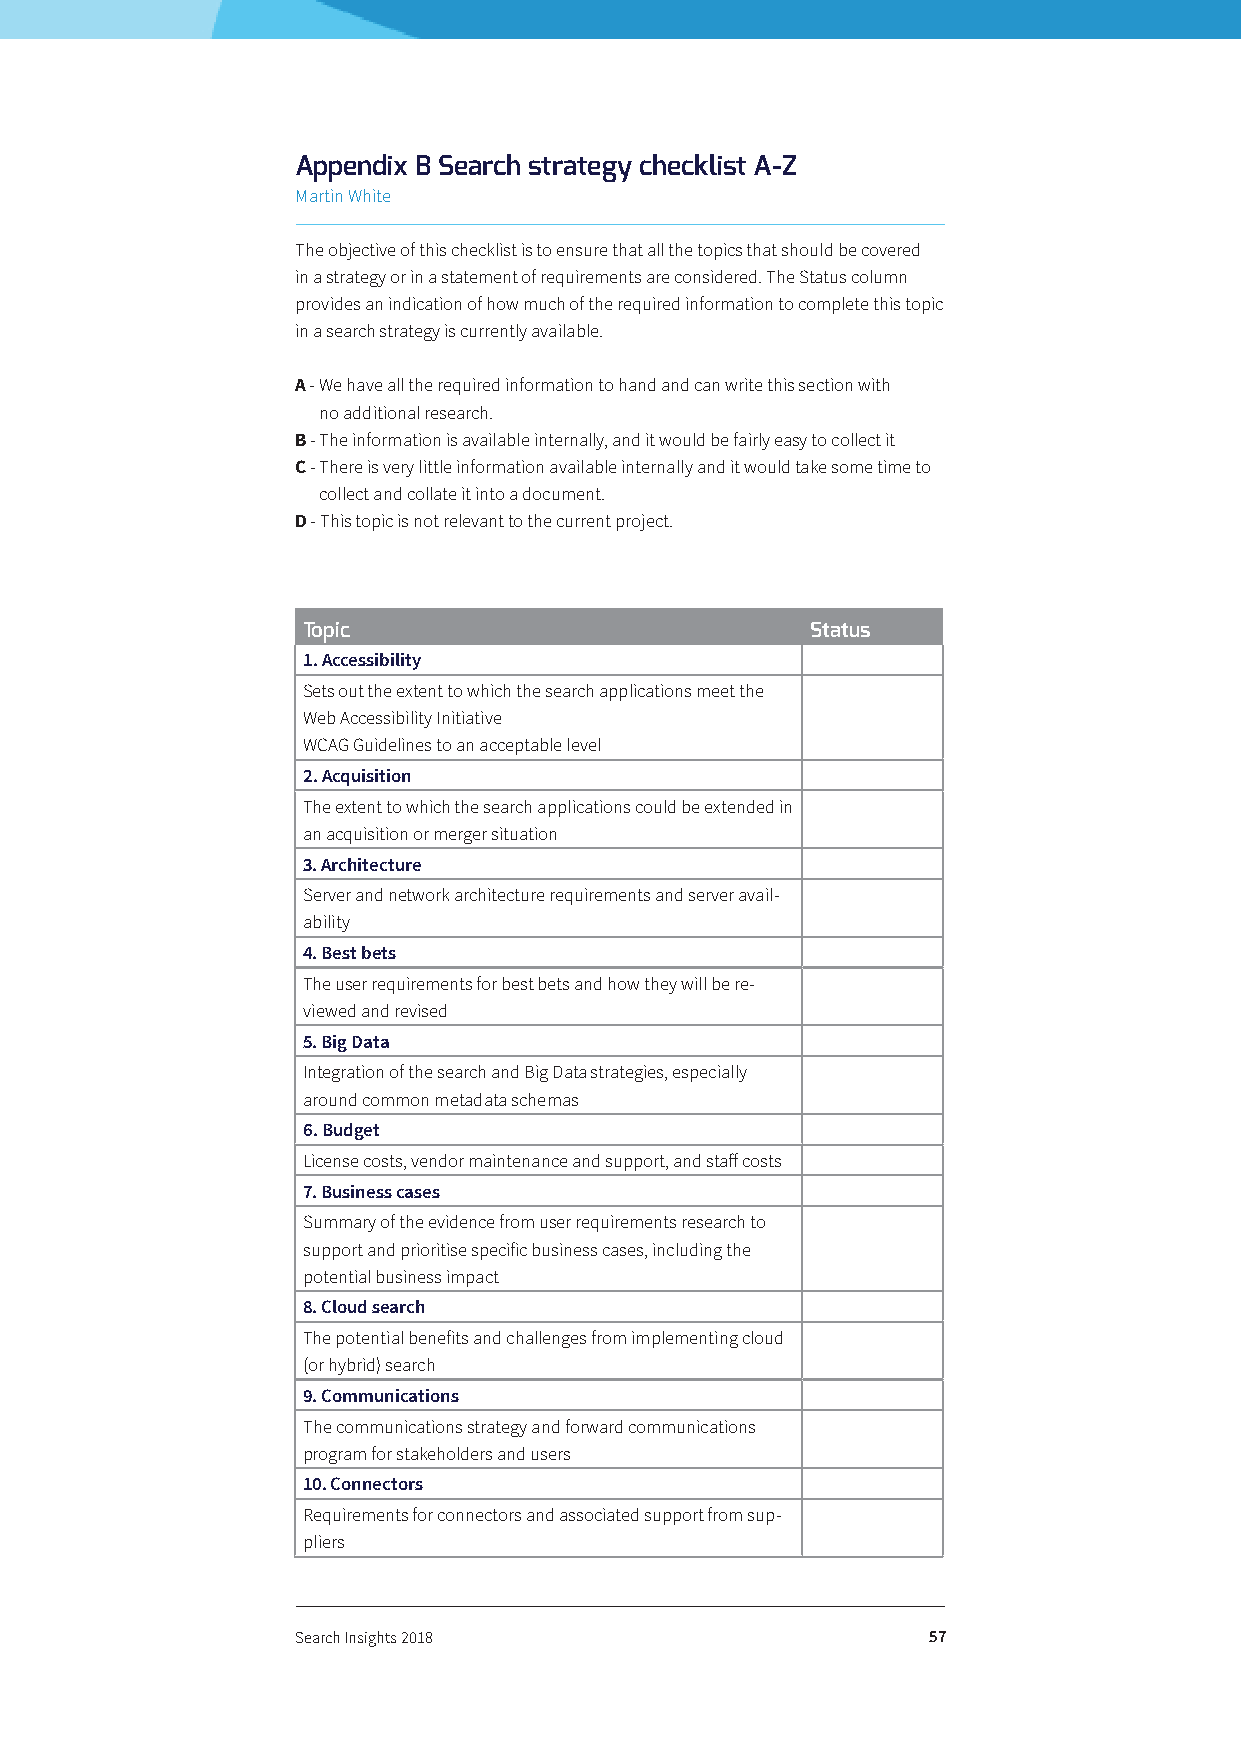
Appendix B Search strategy checklist A-Z
 Martin White
 The objective of this checklist is to ensure that all the topics that should be covered
 in a strategy or in a statement of requirements are considered. The Status column
 provides an indication of how much of the required information to complete this topic
 in a search strategy is currently available.
 A - We have all the required information to hand and can write this section with
 no additional research.
 B - The information is available internally, and it would be fairly easy to collect it
 C - There is very little information available internally and it would take some time to
 collect and collate it into a document.
 D - This topic is not relevant to the current project.
 Topic                             Status
 1. Accessibility
 Sets out the extent to which the search applications meet the
 Web Accessibility Initiative
 WCAG Guidelines to an acceptable level
 2. Acquisition
 The extent to which the search applications could be extended in
 an acquisition or merger situation
 3. Architecture
 Server and network architecture requirements and server avail-
 ability
 4. Best bets
 The user requirements for best bets and how they will be re-
 viewed and revised
 5. Big Data
 Integration of the search and Big Data strategies, especially
 around common metadata schemas
 6. Budget
 License costs, vendor maintenance and support, and staff costs
 7. Business cases
 Summary of the evidence from user requirements research to
 support and prioritise specific business cases, including the
 potential business impact
 8. Cloud search
 The potential benefits and challenges from implementing cloud
 (or hybrid) search
 9. Communications
 The communications strategy and forward communications
 program for stakeholders and users
 10. Connectors
 Requirements for connectors and associated support from sup-
 pliers
 Search Insights 2018                     57